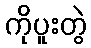
ကိုပူးတွဲ